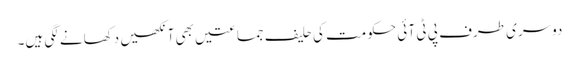
دوسری طرف پی ٹی آ ئی حکومت کی حلیف جماعتیں بھی آنکھیں دکھانے لگی ہیں۔